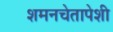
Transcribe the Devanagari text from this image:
शमनचेतापेशी